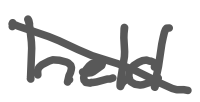
Text: held
Cross-out: diagonal
Writing tool: digital_gray